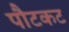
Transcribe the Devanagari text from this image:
पौटकट